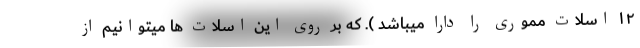
۱۲ اسلات مموری را دارا میباشد ). که بر روی این اسلات ها میتوانیم از